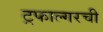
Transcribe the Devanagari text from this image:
ट्रफाल्गरची